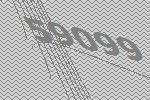
59099